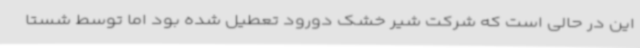
این در حالی است که شرکت شیر خشک دورود تعطیل شده بود اما توسط شستا